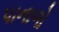
પાનાળો